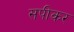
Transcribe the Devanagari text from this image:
सपीकर